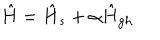
\hat { H } = \hat { H } _ { s } + \alpha \hat { H } _ { g h }